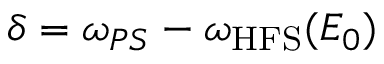
\delta = \omega _ { P S } - \omega _ { \mathrm { { H F S } } } ( E _ { 0 } )